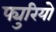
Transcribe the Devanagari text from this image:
फ्युरियो